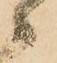
々